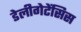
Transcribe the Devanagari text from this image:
डेलीगेटेंसिस